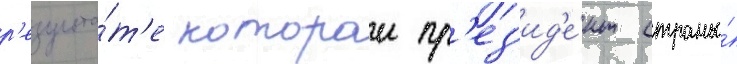
р'езульта́т'е которои пр'ез'ид'е́нт страны́